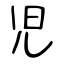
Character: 児